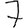
Digit: 7